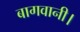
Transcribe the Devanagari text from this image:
बागवानी।